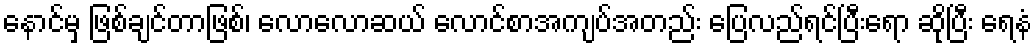
နောင်မှ ဖြစ်ချင်တာဖြစ်၊ လောလောဆယ် လောင်စာအကျပ်အတည်း ပြေလည်ရင်ပြီးရော ဆိုပြီး ရေနံ